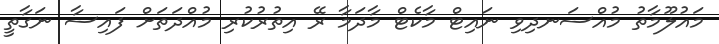
މައުލޫމާތު މުއްސަނދިވި ނައިޓް މާކެޓް މާދަމާ ރޭ އިތުރުކުރި މުއްދަތަށް ފައިސާ ނަގާތީ